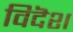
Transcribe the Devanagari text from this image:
विदॆश